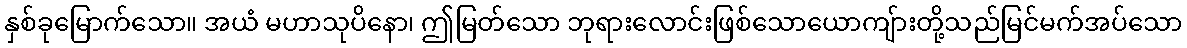
နှစ်ခုမြောက်သော။ အယံ မဟာသုပိနော၊ ဤမြတ်သော ဘုရားလောင်းဖြစ်သောယောကျ်ားတို့သည်မြင်မက်အပ်သော